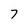
Character: 7